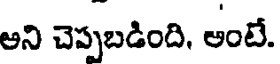
అని చెప్పబడింది, అంటే.